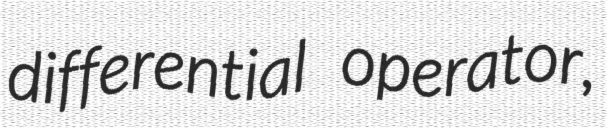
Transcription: differential operator,